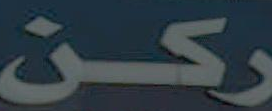
ركن